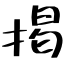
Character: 掲